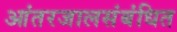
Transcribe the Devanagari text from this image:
आंतरजालसंबंधित